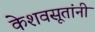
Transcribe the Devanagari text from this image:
केशवसूतांनी